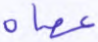
عصاه